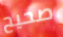
صحيح